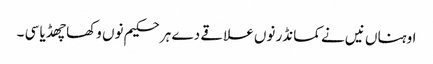
اوہناں نیں نے کمانڈر نوں علاقے دے ہر حکیم نوں وکھا چھڈیا سی ۔